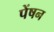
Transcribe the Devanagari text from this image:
पेंषन